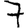
Digit: 7